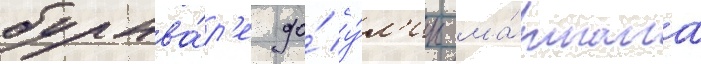
бульва́р'е до́ у́л'ицы ма́ршала